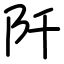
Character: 阡